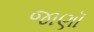
જાણૉ